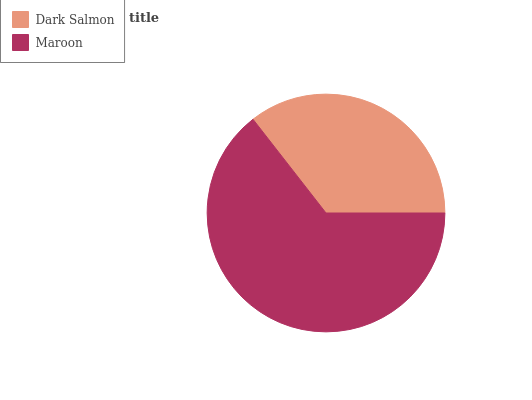
| Dark Salmon | Maroon |
 | --- | --- |
 | 35.5% | 64.5% |